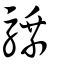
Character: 騬